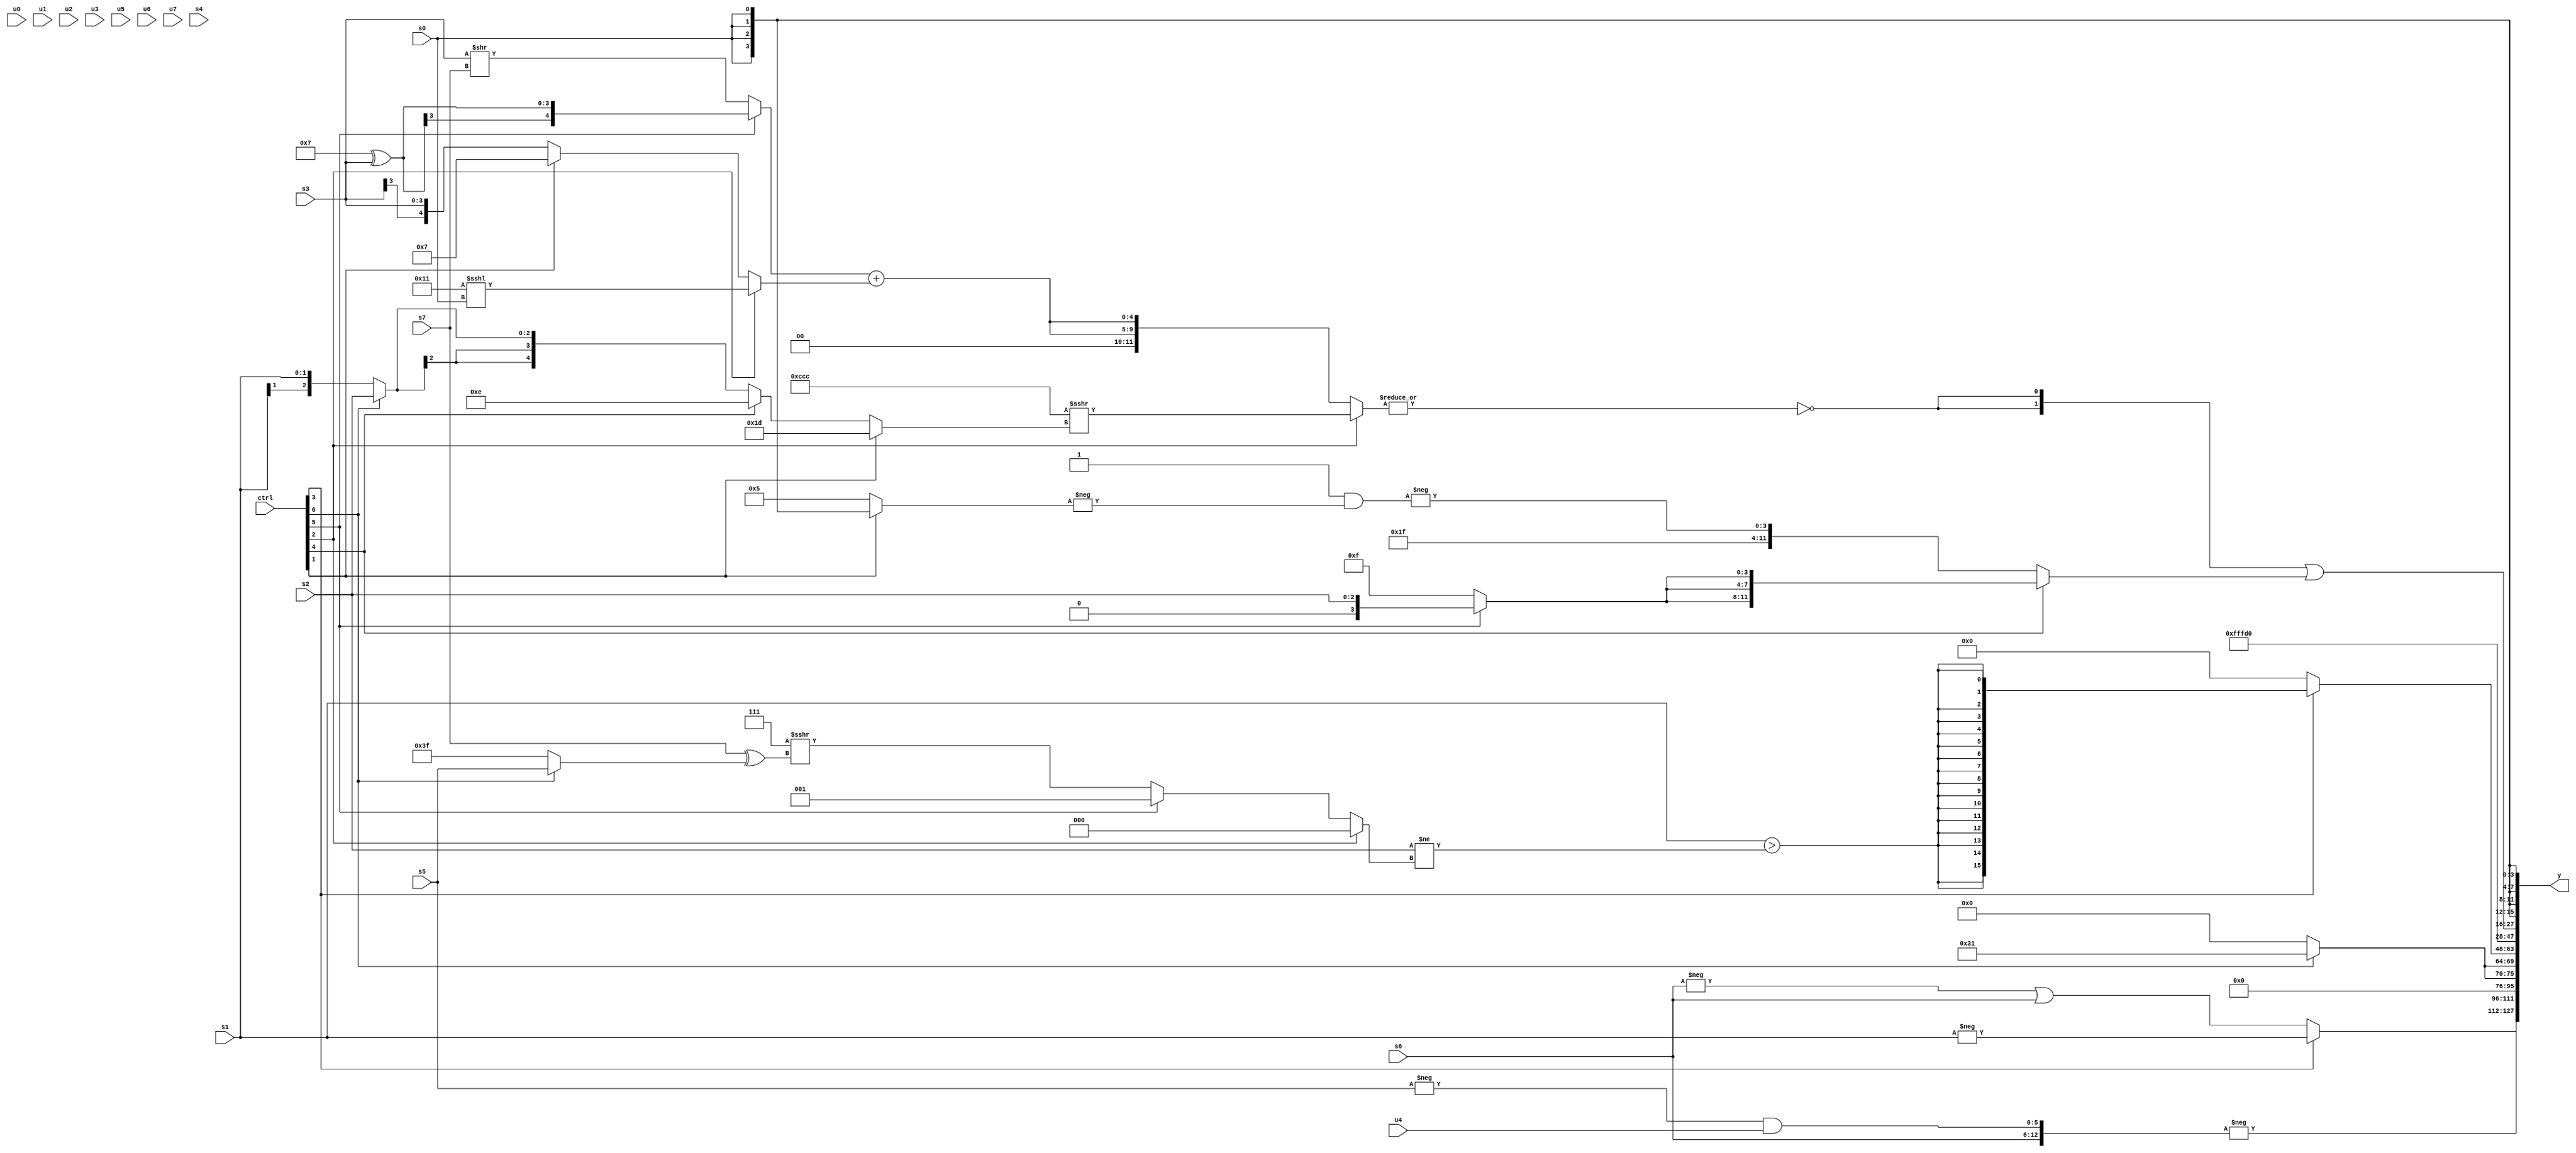
module wideexpr_00554(ctrl, u0, u1, u2, u3, u4, u5, u6, u7, s0, s1, s2, s3, s4, s5, s6, s7, y);
  input [7:0] ctrl;
  input [0:0] u0;
  input [1:0] u1;
  input [2:0] u2;
  input [3:0] u3;
  input [4:0] u4;
  input [5:0] u5;
  input [6:0] u6;
  input [7:0] u7;
  input signed [0:0] s0;
  input signed [1:0] s1;
  input signed [2:0] s2;
  input signed [3:0] s3;
  input signed [4:0] s4;
  input signed [5:0] s5;
  input signed [6:0] s6;
  input signed [7:0] s7;
  output [127:0] y;
  wire [15:0] y0;
  wire [15:0] y1;
  wire [15:0] y2;
  wire [15:0] y3;
  wire [15:0] y4;
  wire [15:0] y5;
  wire [15:0] y6;
  wire [15:0] y7;
  assign y = {y0,y1,y2,y3,y4,y5,y6,y7};
  assign y0 = (ctrl[3]?-(s1):+((-(s6))|(s6)));
  assign y1 = -({s6,($unsigned($signed(-(s5))))&(u4)});
  assign y2 = 5'sb00000;
  assign y3 = {2{(ctrl[6]?6'b110001:~^(+(5'sb00010)))}};
  assign y4 = (ctrl[3]?$signed((s1)>((s2)!=((ctrl[2]?1'sb0:(ctrl[5]?1'sb1:(3'b111)>>>((s7)^((ctrl[6]?s5:1'sb1)))))))):3'sb000);
  assign y5 = 4'sb1101;
  assign y6 = ({2{~|({4{(ctrl[2]?({3{4'sb1100}})>>>((ctrl[1]?3'sb101:(ctrl[4]?(ctrl[1]?s0:5'sb01110):(ctrl[6]?s2:s1)))):{2{((ctrl[5]?(5'sb00111)^(s3):(s3)>>(s7)))+((ctrl[2]?(5'sb10001)<<<(s0):(ctrl[1]?5'sb00111:s3)))}})}})}})|((ctrl[4]?{3{(ctrl[5]?s2:-(+(4'b0001)))}}:{$signed($signed(1'b1)),4'b1111,-((2'sb11)&(-((ctrl[1]?s0:4'sb0101))))}));
  assign y7 = s0;
endmodule